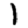
Digit: 1